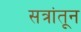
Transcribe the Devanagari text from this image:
सत्रांतून